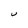
Character: U